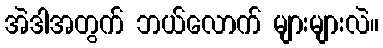
အဲဒါအတွက် ဘယ်လောက် များများလဲ။